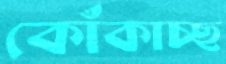
কোঁকাচ্ছ